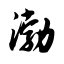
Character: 渤